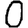
Digit: 0